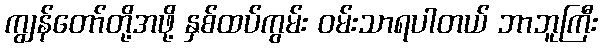
ကျွန်တော်တို့အဖို့ နှစ်ထပ်ကွမ်း ဝမ်းသာရပါတယ် ဘာဘူကြီး